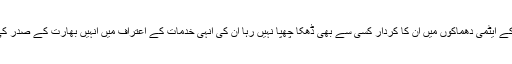
98ء میں پوکھران کے ایٹمی دھماکوں میں ان کا کردار کسی سے بھی ڈھکا چھپا نہیں رہا ان کی انہی خدمات کے اعتراف میں انہیں بھارت کے صدر کی مسند پہ بٹھایا گیا۔